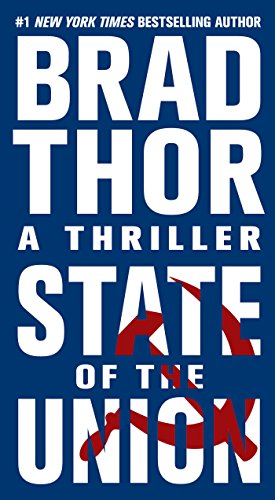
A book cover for State of the Union (Scot Harvath, Book 3) (The Scot Harvath Series); Brad Thor; Mystery, Thriller & Suspense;